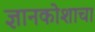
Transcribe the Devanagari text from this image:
ज्ञानकोशाचा